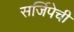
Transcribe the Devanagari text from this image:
सर्जिपेची